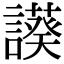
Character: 𧬧